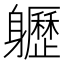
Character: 𨊛